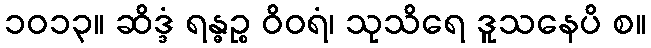
၁၀၁၃။ ဆိဒ္ဒံ ရန္ဓဉ္စ ဝိဝရံ၊ သုသိရေ ဒူသနေပိ စ။